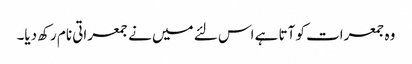
وہ جمعرات کو آتا ہے اس لئے میں نے جمعراتی نام رکھ دیا۔